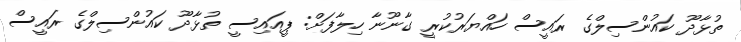
ތުޅާދޫ ކައުންސިލްގެ ރައީސް ހައްޔަރުކުރީ ގާނޫނާ ހިލާފަށް: ޕީއައިސީ ތުޅާދޫ ކައުންސިލްގެ ރައީސް